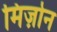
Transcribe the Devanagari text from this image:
मिज़ोन